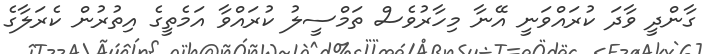
ގާންދީ ވާދަ ކުރައްވަނީ އޭނާ މިހާރުވެސް ތަމްސީލު ކުރައްވާ އަމެތީގެ އިތުރުން ކެރަލާގެ